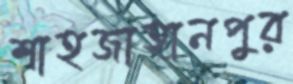
শাহজাহানপুর